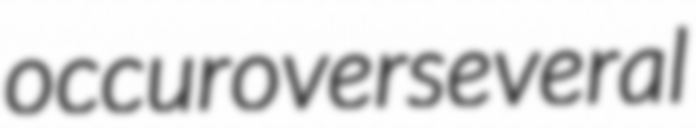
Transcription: occur over several